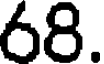
68.